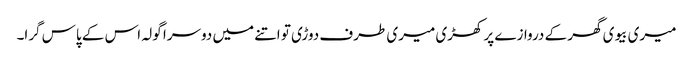
میری بیوی گھر کے دروازے پر کھڑی میری طرف دوڑی تو اتنے میں دوسرا گولہ اس کے پاس گرا۔